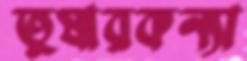
তুষারকন্যা